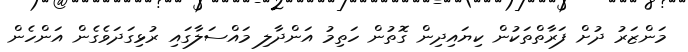
މަންޒަރު ދުށް ފަރާތްތަކުން ކިޔައިދިން ގޮތުން ހަތިމު އަންދާލި މައްސަލާގައި ރުޅިގަދަވެގެން އަންހެން